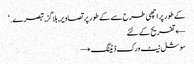
کے طور پر اچھی طرح سے کے طور پر تصاویر, بلاگز, تبصرے. ‘
← تفریح کے لئے
سوشل نیٹ ورک ڈیٹنگ →